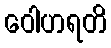
ဝေါဟရတိ